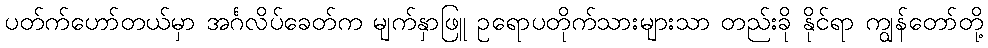
ပတ်က်ဟော်တယ်မှာ အင်္ဂလိပ်ခေတ်က မျက်နှာဖြူ ဥရောပတိုက်သားများသာ တည်းခို နိုင်ရာ ကျွန်တော်တို့